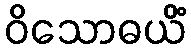
ဝိသောဓယိံ